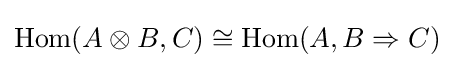
\mathrm {Hom} (A\otimes B,C)\cong \mathrm {Hom} (A,B\Rightarrow C)